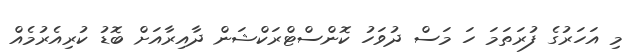
މި އަހަރުގެ ފުރަތަމަ ހަ މަސް ދުވަހު ކޮންސްޓްރަކްޝަން ދާއިރާއަށް ބޮޑު ކުރިއެރުމެއް